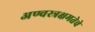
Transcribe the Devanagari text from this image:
अण्वस्त्रक्षमतेचे